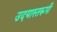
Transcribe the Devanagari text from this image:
उदयास्तरूपी